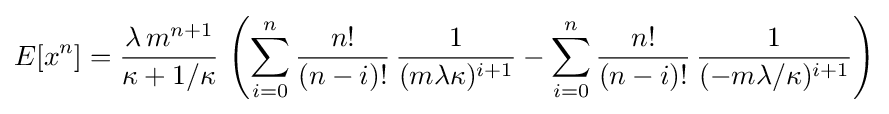
E[x^{n}]={\frac {\lambda \,m^{n+1}}{\kappa +1/\kappa }}\,\left(\sum _{i=0}^{n}{\frac {n!}{(n-i)!}}\,{\frac {1}{(m\lambda \kappa )^{i+1}}}-\sum _{i=0}^{n}{\frac {n!}{(n-i)!}}\,{\frac {1}{(-m\lambda /\kappa )^{i+1}}}\right)